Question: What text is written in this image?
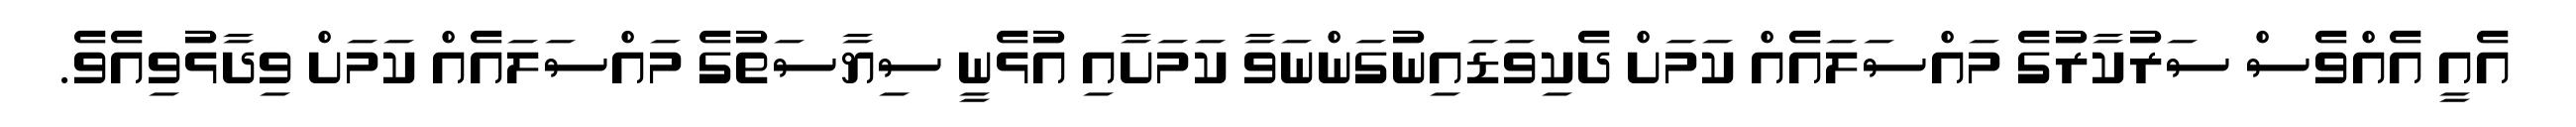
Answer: އެއީ އެއްވެސް ސަރުކާރުގެ މައްސަލައެއް ކަމަށް ދެކިވަޑައިނުގަންނަވާ ކަމަށާއި އުޅެނީ ސިޔާސަތުގެ މައްސަލައެއް ކަމަށް ވިދާޅުވިއެވެ.